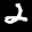
Label: 2